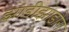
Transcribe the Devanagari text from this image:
झाडीझाडोरा